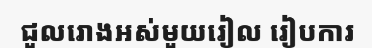
ជួលរោងអស់មួយរៀល រៀបការ